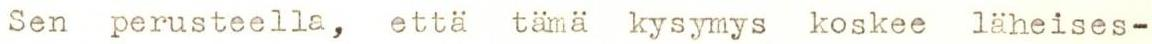
Sen perusteella, että tämä kysymys koskee läheises-